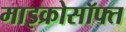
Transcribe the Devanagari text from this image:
माइक्रोसॉफ्त